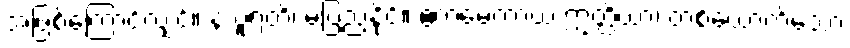
အဖြစ်ကြောင့်လျှင်။ န ပူရတိ၊ မပြည့်နိုင်။ ဧကမေကာယ ဣတ္ထိယာ၊ တစ်ယောက်သော